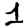
Digit: 1